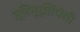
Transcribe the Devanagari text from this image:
त्रिमूर्तिपंथी